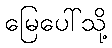
မြေပေါ်သို့